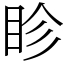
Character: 眕